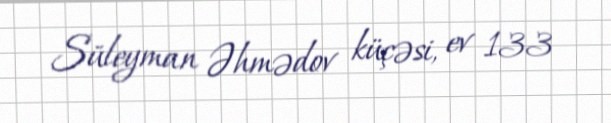
Süleyman Əhmədov küçəsi, ev 133